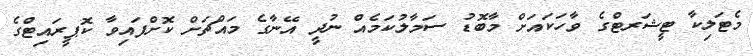
މެޓަލިކާ ޓީޝަރޓްގެ ވާހަކައަށް މާބޮޑު ސަމާލުކަމެއް ނުދީ އޭނާގެ މައްޗަށް ކޮށްފައިވާ ކޮޕީރައިޓްގެ